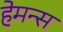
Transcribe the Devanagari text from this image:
हेमन्स